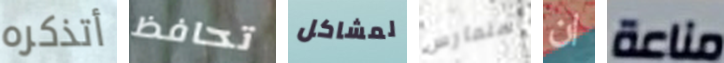
أتذكره تحافظ لمشاكل سنمارس ان مناعة